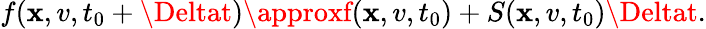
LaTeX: f(\mathbf{x},v,t_{0}+\Deltat)\approxf(\mathbf{x},v,t_{0})+S(\mathbf{x},v,t_{0})\Deltat.